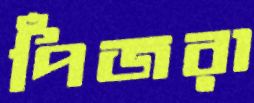
পিঁজরা